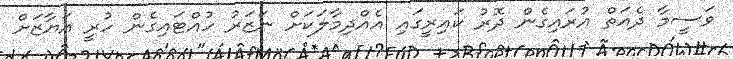
ވަސީމާ ދެއަތް އުރައިގެން ދޮރު ކައިރީގައި އެއްދިމާލަކަށް ނަޒަރު ހުއްޓައިގެން ހުރީ އަޔާޒަށް